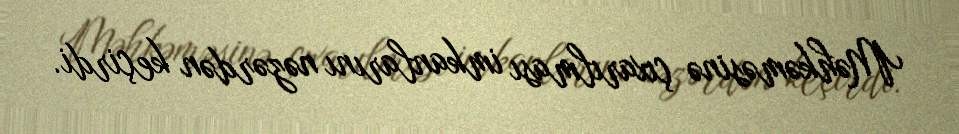
Məhkəməsinə çıxarılması imkanlarını nəzərdən keçirdi.